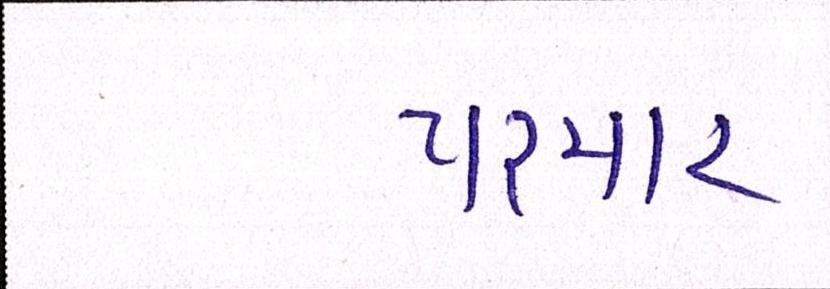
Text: પરમાર